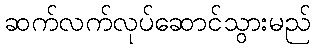
ဆက်လက်လုပ်ဆောင်သွားမည်